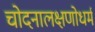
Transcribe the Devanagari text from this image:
चोदनालक्षणोधर्म